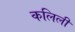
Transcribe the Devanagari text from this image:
कलिली